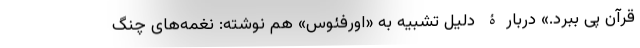
قرآن پی ببرد.» دربارۀ دلیل تشبیه به «اورفئوس» هم نوشته: نغمه‌های چنگ